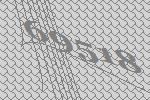
69518